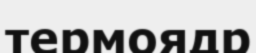
термоядр